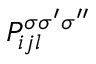
P _ { i j l } ^ { \sigma \sigma ^ { \prime } \sigma ^ { \prime \prime } }